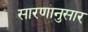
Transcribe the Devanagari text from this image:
सारणानुसार